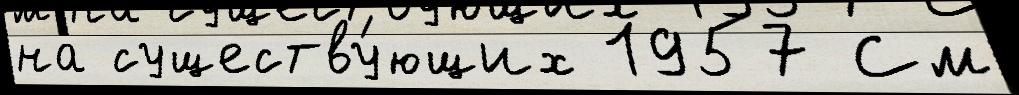
на существу́ющих 1957 См